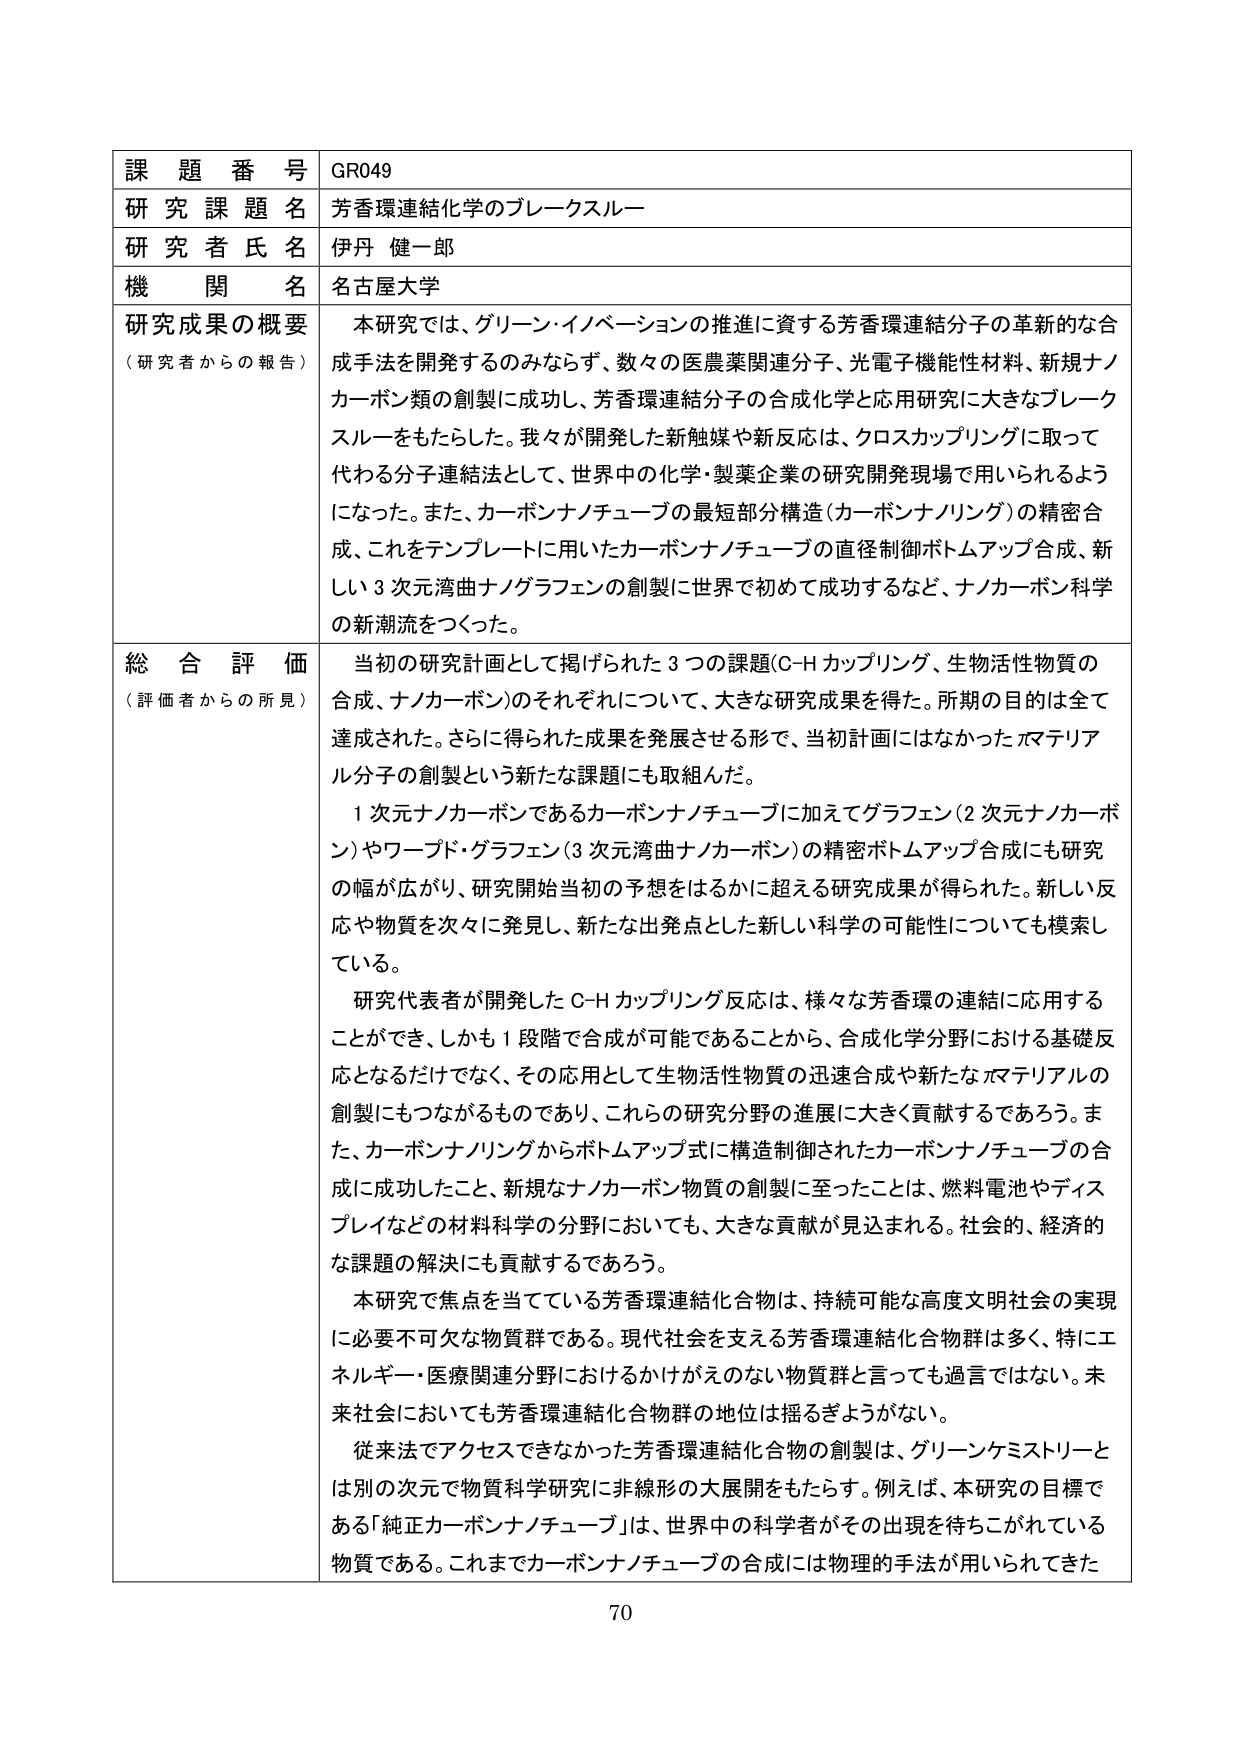
課題番号 GR049
研究課題名 芳香環連結化学のブレークスルー
研究者氏名 伊丹 健一郎
機関名 名古屋大学

研究成果の概要
（研究者からの報告）
本研究では、グリーン・イノベーションの推進に資する芳香環連結分子の革新的な合成手法を開発するのみならず、数々の医農薬関連分子、光電子機能性材料、新規ナノカーボン類の創製に成功し、芳香環連結分子の合成化学と応用研究に大きなブレークスルーをもたらした。我々が開発した新触媒や新反応は、クロスカップリングに取って代わる分子連結法として、世界中の化学・製薬企業の研究開発現場で用いられるようになった。また、カーボンナノチューブの最短部分構造（カーボンナノリング）の精密合成、これをテンプレートに用いたカーボンナノチューブの直径制御ボトムアップ合成、新しい3次元湾曲ナノグラフェンの創製に世界で初めて成功するなど、ナノカーボン科学の新潮流をつくった。

総合評価
（評価者からの所見）
当初の研究計画として掲げられた3つの課題（C-Hカップリング、生物活性物質の合成、ナノカーボン）のそれぞれについて、大きな研究成果を得た。所期の目的は全て達成された。さらに得られた成果を発展させる形で、当初計画にはなかったポマテリアル分子の創製という新たな課題にも取組んだ。

1次元ナノカーボンであるカーボンナノチューブに加えてグラフェン（2次元ナノカーボン）やワープド・グラフェン（3次元湾曲ナノカーボン）の精密ボトムアップ合成にも研究の幅が広がり、研究開始当初の予想をはるかに超える研究成果が得られた。新しい反応や物質を次々に発見し、新たな出発点とした新しい科学の可能性についても模索している。

研究代表者が開発したC-Hカップリング反応は、様々な芳香環の連結に応用することができ、しかも1段階で合成が可能であることから、合成化学分野における基礎反応となるだけでなく、その応用として生物活性物質の迅速合成や新たなポマテリアルの創製にもつながるものであり、これらの研究分野の進展に大きく貢献するであろう。また、カーボンナノリングからボトムアップ式に構造制御されたカーボンナノチューブの合成に成功したこと、新規なナノカーボン物質の創製に至ったことは、燃料電池やディスプレイなどの材料科学の分野においても、大きな貢献が見込まれる。社会的、経済的な課題の解決にも貢献するであろう。

本研究で焦点を当てている芳香環連結化合物は、持続可能な高度文明社会の実現に必要不可欠な物質群である。現代社会を支える芳香環連結化合物群は多く、特にエネルギー・医療関連分野におけるかけがえのない物質群と言っても過言ではない。未来社会においても芳香環連結化合物群の地位は揺るぎようがない。

従来法でアクセスできなかった芳香環連結化合物の創製は、グリーンケミストリーとは別の次元で物質科学研究に非線形の大展開をもたらす。例えば、本研究の目標である「純正カーボンナノチューブ」は、世界中の科学者がその出現を待ちこがれている物質である。これまでカーボンナノチューブの合成には物理的手法が用いられてきた

70